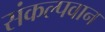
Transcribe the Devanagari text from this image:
संकल्पवान